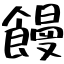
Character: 饅